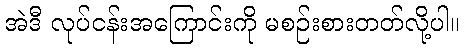
အဲဒီ လုပ်ငန်းအကြောင်းကို မစဉ်းစားတတ်လို့ပါ။